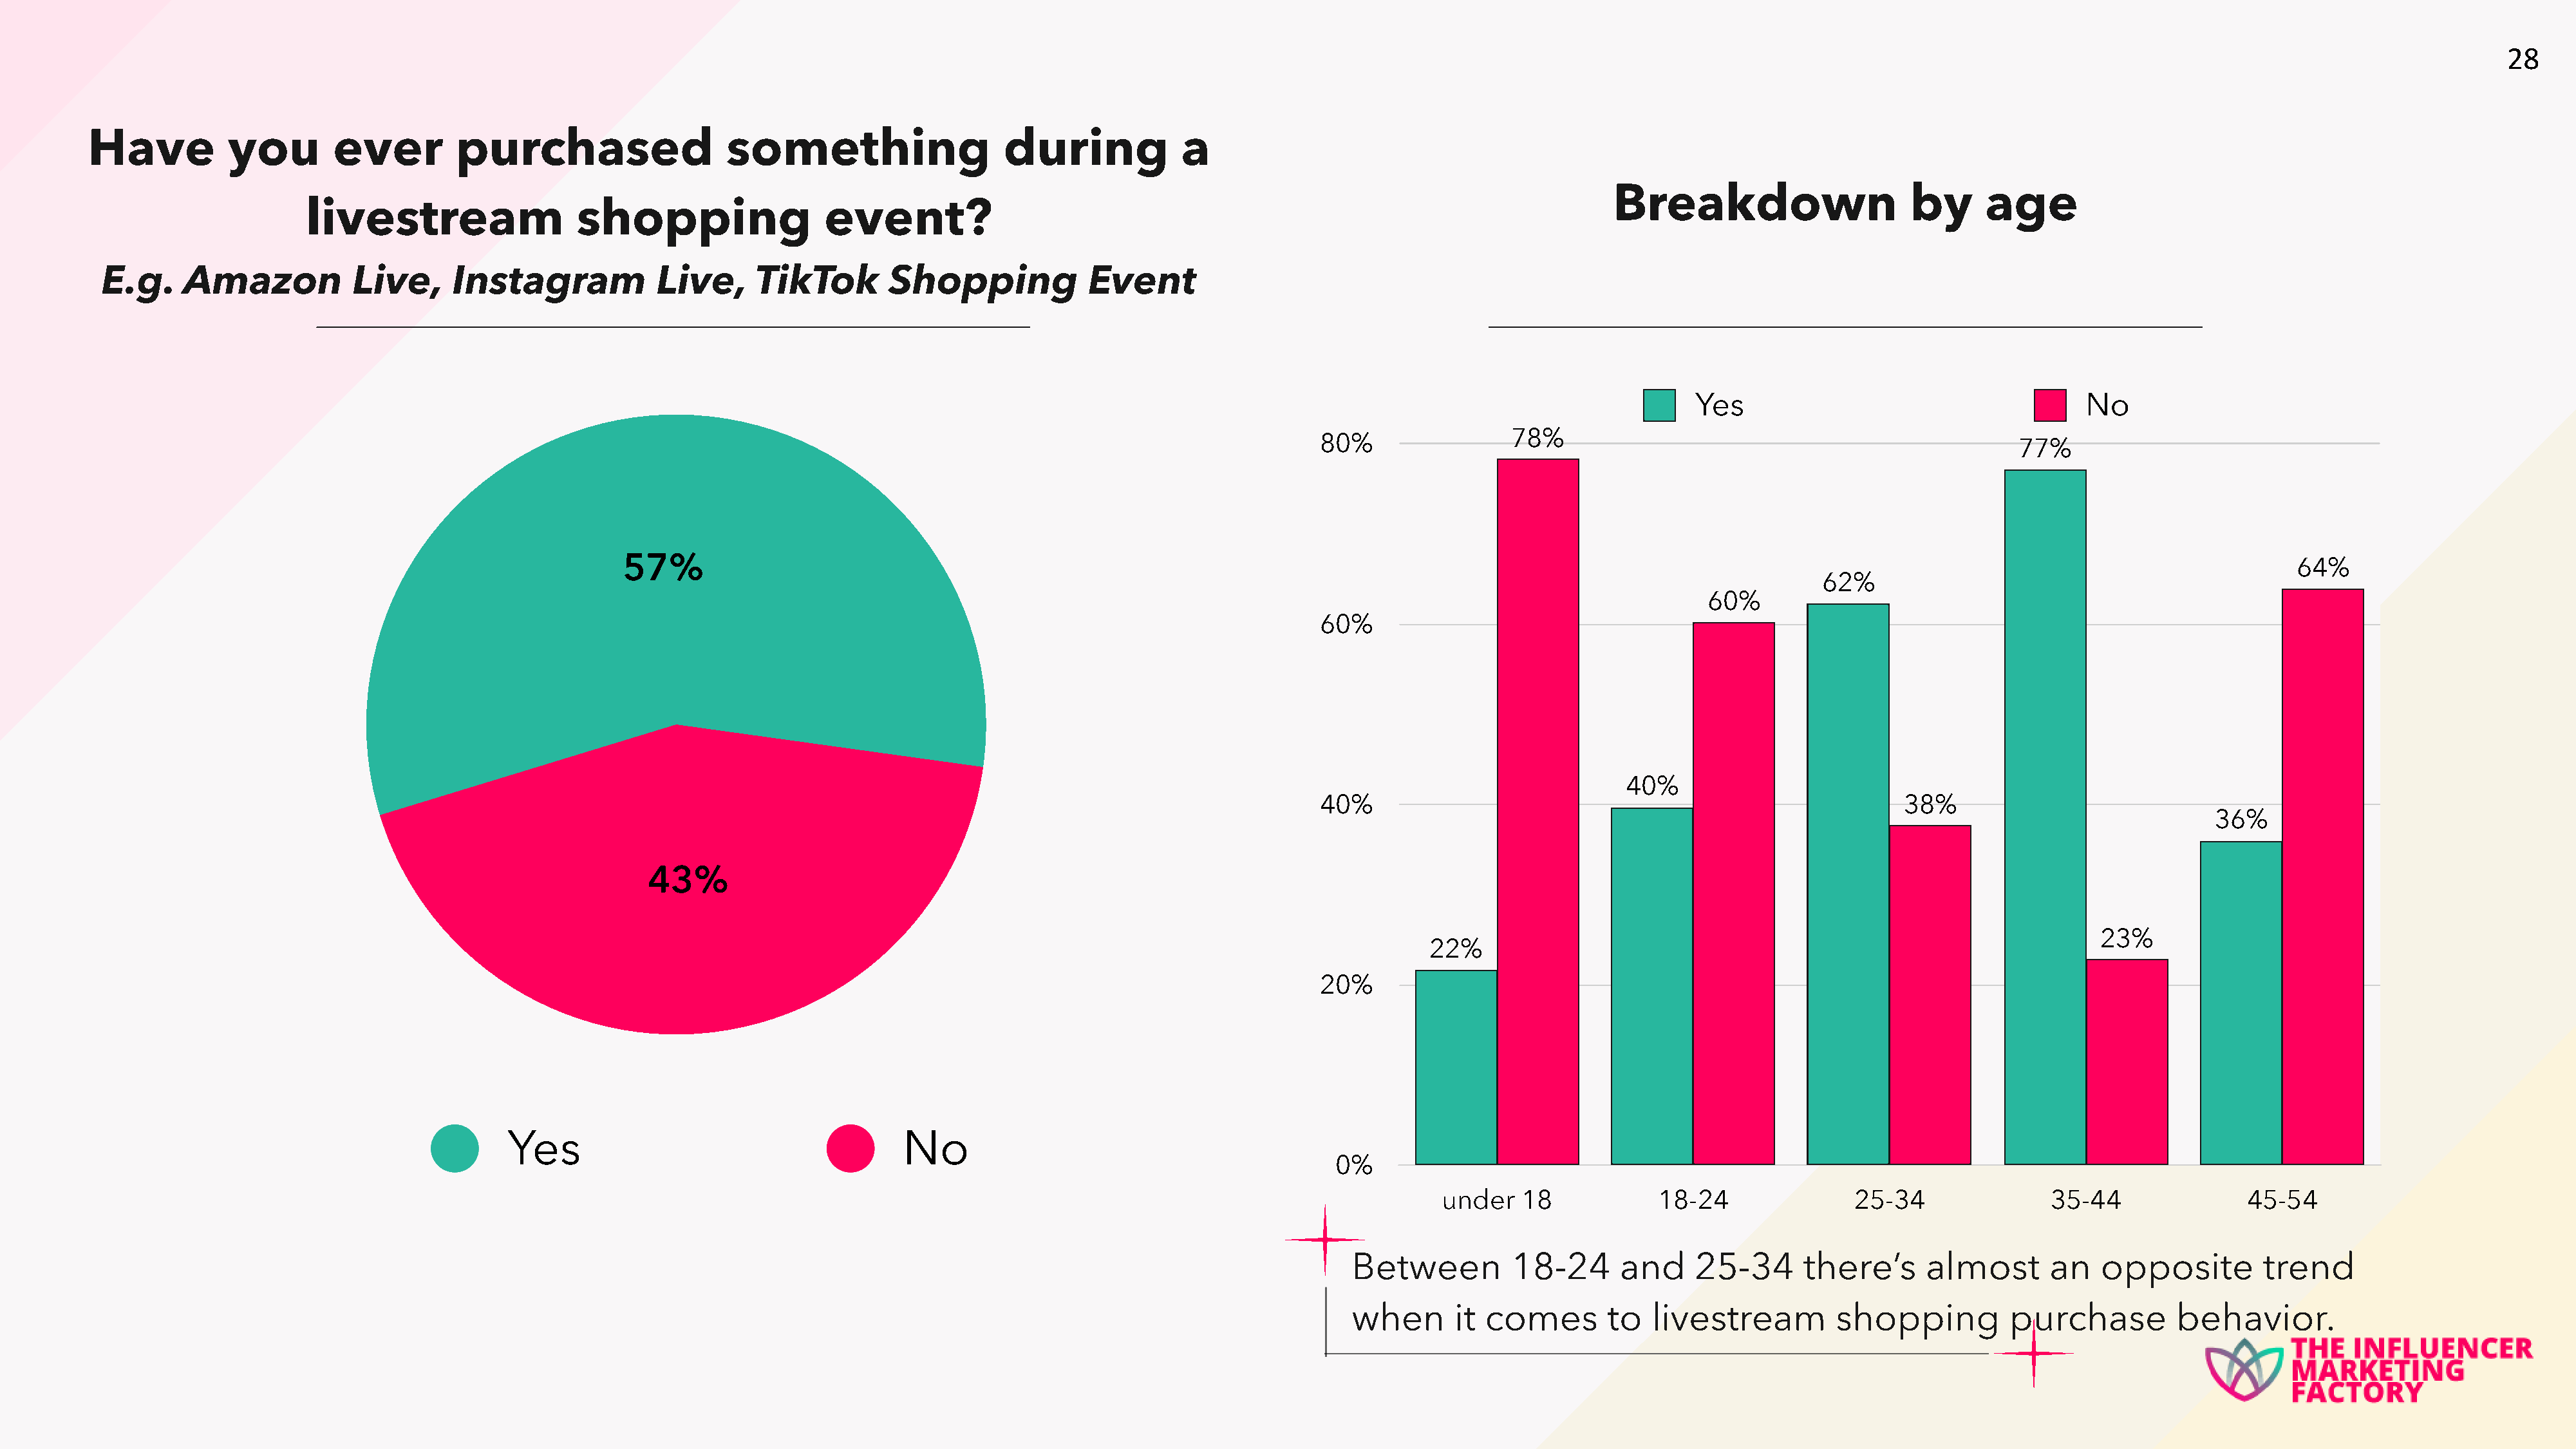
28
 Have          you        ever         purchased                   something                   during            a
 Breakdown                     by      age
 livestream                  shopping                  event?
 E.g.     Amazon           Live,      Instagram            Live,     TikTok       Shopping             Event
 Yes                                     No
 78%
 80%
 77%
 57%                                                                                                                                                                         64%
 62%
 60%
 60%
 40%
 40%                                                         38%
 36%
 43%
 23%
 22%
 20%
 Yes                                      No
 0%
 under   18            18-24                25-34               35-44               45-54
 Between         18-24       and    25-34      there’s      almost       an   opposite         trend
 when       it comes       to   livestream         shopping          purchase         behavior.